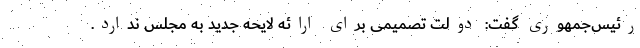
رئیس‌جمهوری گفت: دولت تصمیمی برای ارائه لایحه جدید به مجلس ندارد.